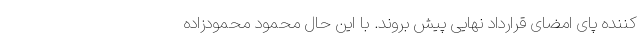
کننده پای امضای قرارداد نهایی پیش بروند. با این حال محمود محمودزاده